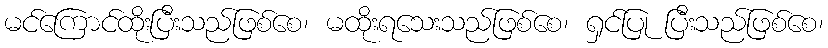
မင်ကြောင်ထိုးပြီးသည်ဖြစ်စေ၊ မထိုးရသေးသည်ဖြစ်စေ၊ ရှင်ပြု ပြီးသည်ဖြစ်စေ၊